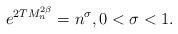
LaTeX: \begin{align*}e^{2T M_n^{2\beta} }= n^{\sigma}, 0<\sigma<1.\end{align*}